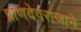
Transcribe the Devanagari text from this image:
प्राणदेवराजाने